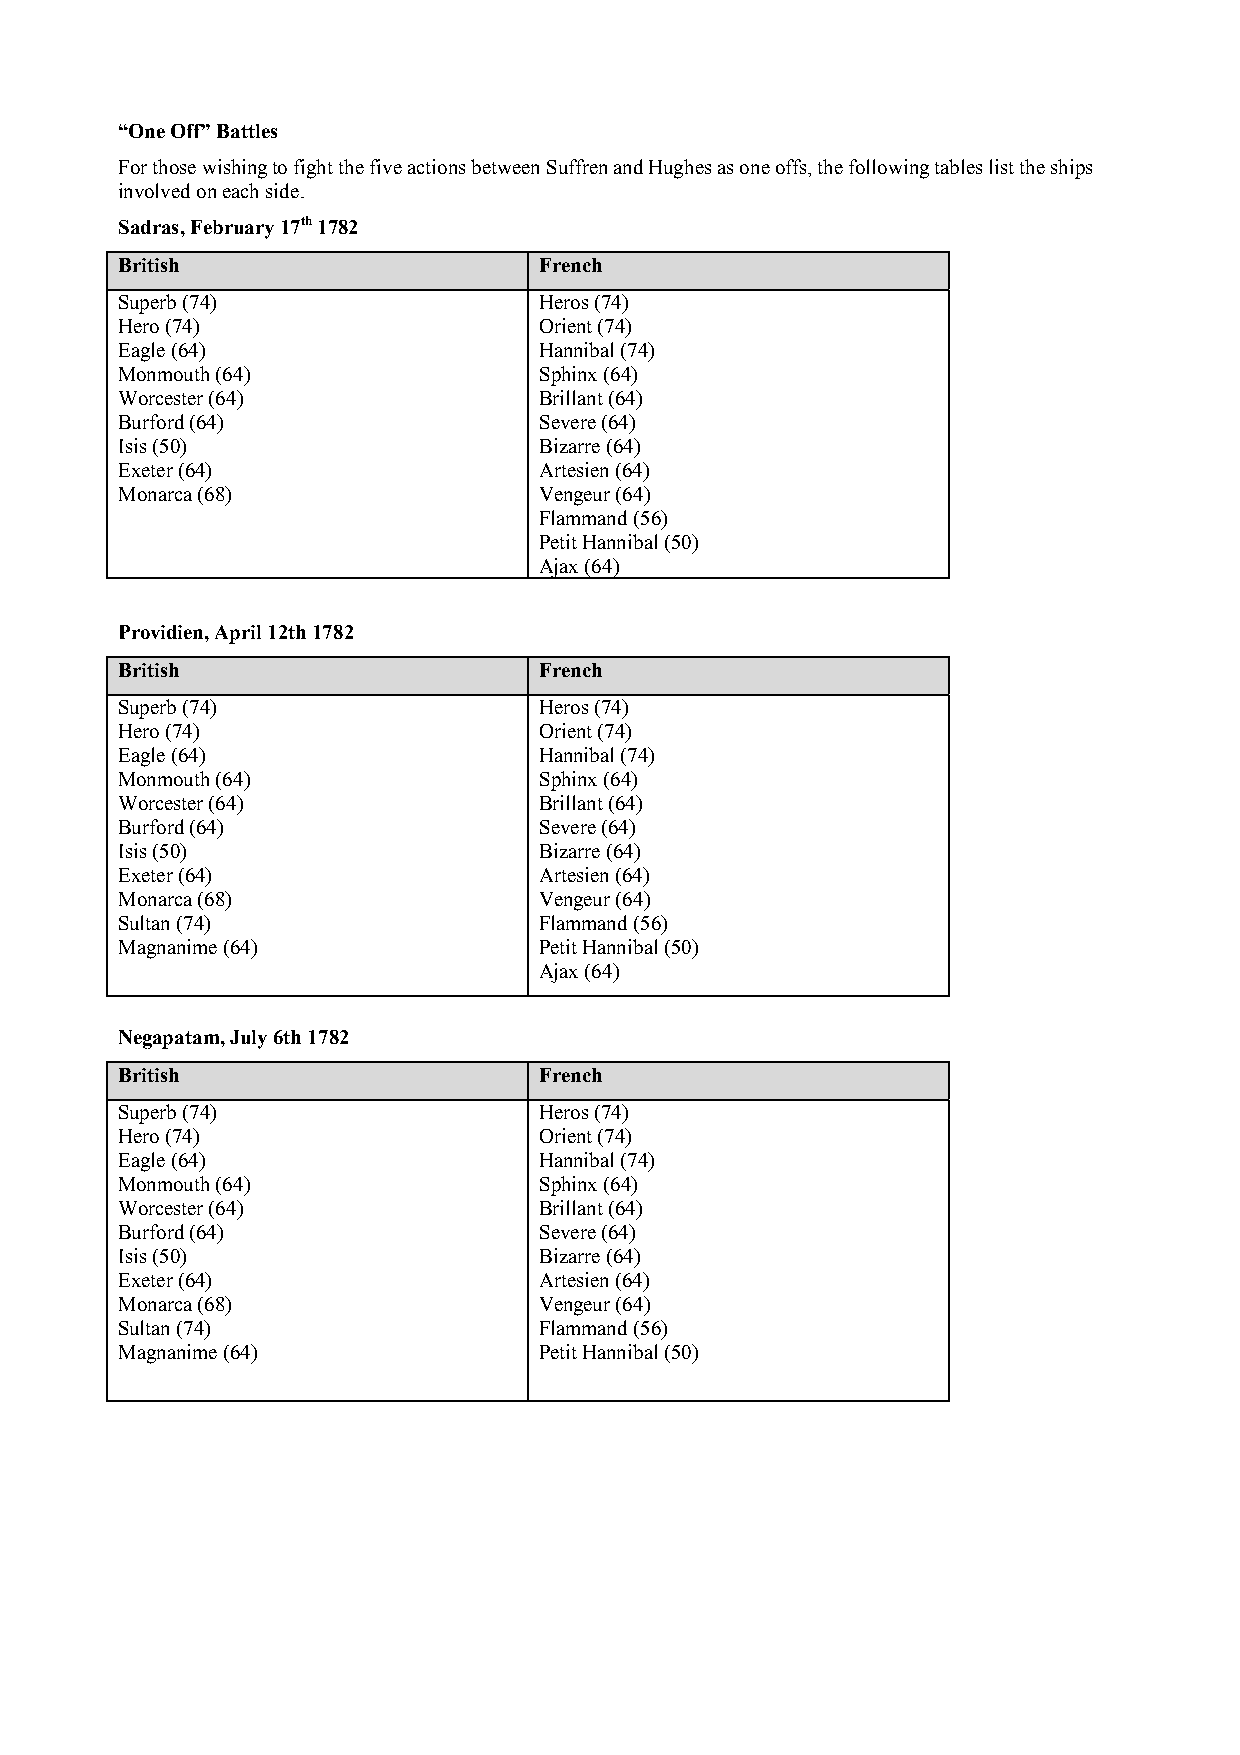
“One Off” Battles
 For those wishing to fight the five actions between Suffren and Hughes as one offs, the following tables list the ships
 involved on each side.
 Sadras, February 17th 1782
 British                     French
 Superb (74)                 Heros (74)
 Hero (74)                   Orient (74)
 Eagle (64)                  Hannibal (74)
 Monmouth (64)               Sphinx (64)
 Worcester (64)              Brillant (64)
 Burford (64)                Severe (64)
 Isis (50)                   Bizarre (64)
 Exeter (64)                 Artesien (64)
 Monarca (68)                Vengeur (64)
 Flammand (56)
 Petit Hannibal (50)
 Ajax (64)
 Providien, April 12th 1782
 British                     French
 Superb (74)                 Heros (74)
 Hero (74)                   Orient (74)
 Eagle (64)                  Hannibal (74)
 Monmouth (64)               Sphinx (64)
 Worcester (64)              Brillant (64)
 Burford (64)                Severe (64)
 Isis (50)                   Bizarre (64)
 Exeter (64)                 Artesien (64)
 Monarca (68)                Vengeur (64)
 Sultan (74)                 Flammand (56)
 Magnanime (64)              Petit Hannibal (50)
 Ajax (64)
 Negapatam, July 6th 1782
 British                     French
 Superb (74)                 Heros (74)
 Hero (74)                   Orient (74)
 Eagle (64)                  Hannibal (74)
 Monmouth (64)               Sphinx (64)
 Worcester (64)              Brillant (64)
 Burford (64)                Severe (64)
 Isis (50)                   Bizarre (64)
 Exeter (64)                 Artesien (64)
 Monarca (68)                Vengeur (64)
 Sultan (74)                 Flammand (56)
 Magnanime (64)              Petit Hannibal (50)